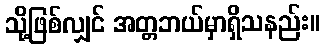
သို့ဖြစ်လျှင် အတ္တဘယ်မှာရှိသနည်း။